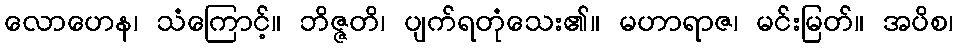
လောဟေန၊ သံကြောင့်။ ဘိဇ္ဇတိ၊ ပျက်ရတုံသေး၏။ မဟာရာဇ၊ မင်းမြတ်။ အပိစ၊